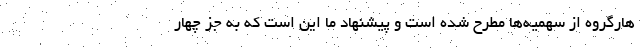
هارگروه از سهمیه‌ها مطرح شده است و پیشنهاد ما این است که به جز چهار